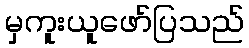
မှကူးယူဖော်ပြသည်